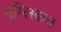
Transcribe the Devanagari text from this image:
मुम्लिकत